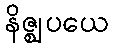
နိဇ္ဈပယေ